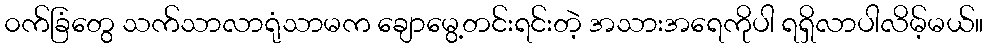
၀က်ခြံတွေ သက်သာလာရုံသာမက ချောမွေ့တင်းရင်းတဲ့ အသားအရေကိုပါ ရရှိလာပါလိမ့်မယ်။